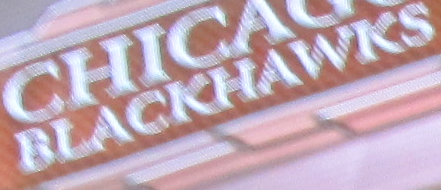
BLACKHAWKS